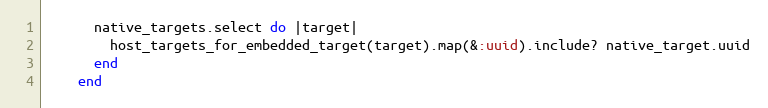
Language: Ruby
      native_targets.select do |target|
        host_targets_for_embedded_target(target).map(&:uuid).include? native_target.uuid
      end
    end